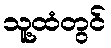
သူ့ထံတွင်